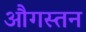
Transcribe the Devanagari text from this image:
औगस्तन